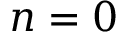
n = 0